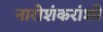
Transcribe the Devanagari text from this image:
नारोशंकरांशी